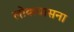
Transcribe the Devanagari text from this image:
लोकवासना